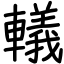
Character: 轙